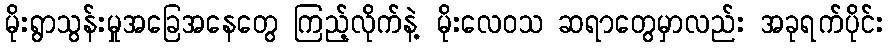
မိုးရွာသွန်းမှုအခြေအနေတွေ ကြည့်လိုက်နဲ့ မိုးလေဝသ ဆရာတွေမှာလည်း အခုရက်ပိုင်း